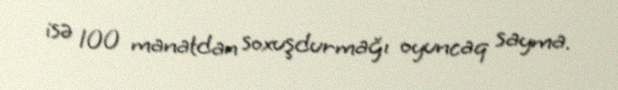
isə 100 manatdan soxuşdurmağı oyuncaq sayma.